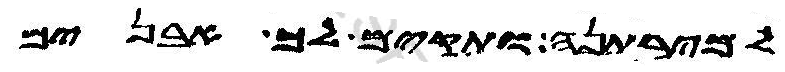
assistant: למירתנה ותקים לך אבנים